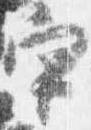
官